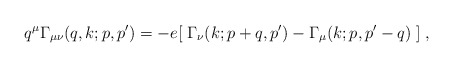
\begin{align*}q^\mu \Gamma_{\mu\nu} (q,k;p,p^\prime) = -e [\;\Gamma_\nu (k;p+q,p^\prime)- \Gamma_\mu (k;p,p^\prime-q)\;]\; ,\end{align*}